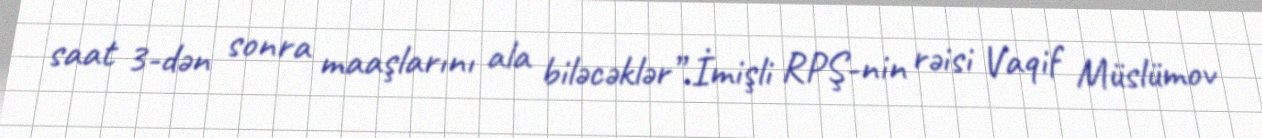
saat 3-dən sonra maaşlarını ala biləcəklər”.İmişli RPŞ-nin rəisi Vaqif Müslümov